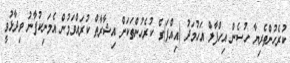
ކުރެހުންތެރިޔާ ހުސެން އިހްފާލް އަހުމަދު (އިއްފަ)ގެ ކުރެހުންތަކަށް އިޝާރާތް ކުރައްވަމުން އެމަނިކުފާނު ވިދާޅުވީ